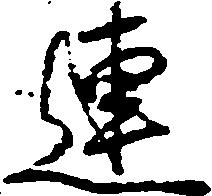
連